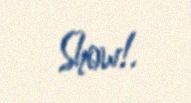
Show!.